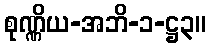
စုဏ္ဏိယ-အဘိ-၁-ဋ္ဌ၃။